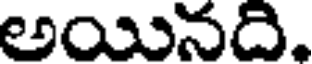
అయినది.